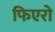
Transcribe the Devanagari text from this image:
फिएरो